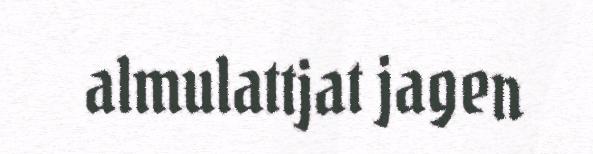
almulattjat jagen